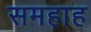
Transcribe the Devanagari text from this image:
समहाह